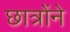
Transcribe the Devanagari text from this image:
छात्रोंने